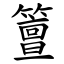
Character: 䉡